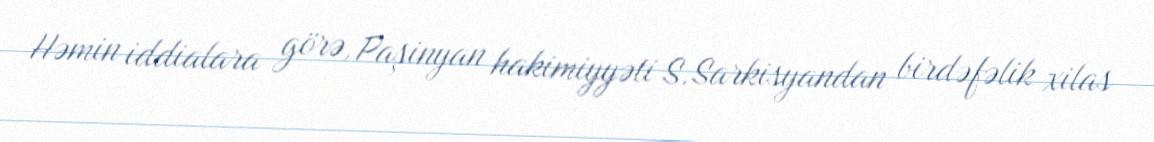
Həmin iddialara görə, Paşinyan hakimiyyəti S.Sarkisyandan birdəfəlik xilas